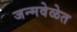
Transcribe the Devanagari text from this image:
जन्मवेळेत